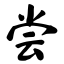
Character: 尝